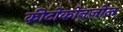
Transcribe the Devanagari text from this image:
कीटोकोनज़ोल